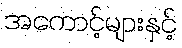
အကောင့်များနှင့်